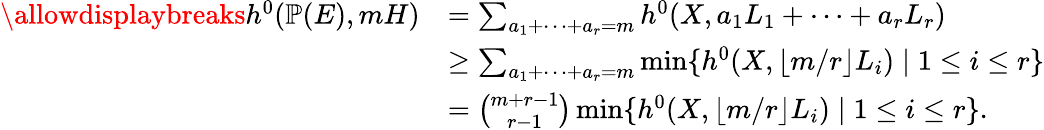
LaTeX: \begin{array}{rl}{\allowdisplaybreaks h^{0}(\mathbb{P}(E),mH)}&{=\sum_{a_{1}+\cdots+a_{r}=m}h^{0}(X,a_{1}L_{1}+\cdots+a_{r}L_{r})}\\ &{\geq\sum_{a_{1}+\cdots+a_{r}=m}\operatorname*{min}\{ h^{0}(X,\lfloor m/r\rfloor L_{i})\mid 1\leq i\leq r\} }\\ &{=\binom{m+r-1}{r-1}\operatorname*{min}\{ h^{0}(X,\lfloor m/r\rfloor L_{i})\mid 1\leq i\leq r\} .}\end{array}